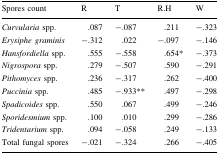
<table><thead><tr><td><b>Spores count</b></td><td><b>R</b></td><td><b>T</b></td><td><b>R.H</b></td><td><b>W</b></td></tr></thead><tbody><tr><td><i>Curvularia</i> spp.</td><td>.087</td><td>−.087</td><td>.211</td><td>−.323</td></tr><tr><td><i>Erysiphe graminis</i></td><td>−.312</td><td>.022</td><td>−.097</td><td>−.146</td></tr><tr><td><i>Hansfordiella</i> spp.</td><td>.555</td><td>−.558</td><td>.654*</td><td>−.373</td></tr><tr><td><i>Nigrospora</i> spp.</td><td>.279</td><td>−.507</td><td>.590</td><td>−.291</td></tr><tr><td><i>Pithomyces</i> spp.</td><td>.236</td><td>−.317</td><td>.262</td><td>−.400</td></tr><tr><td><i>Puccinia</i> spp.</td><td>.485</td><td>−.933**</td><td>.497</td><td>−.298</td></tr><tr><td><i>Spadicoides</i> spp.</td><td>.550</td><td>.067</td><td>.499</td><td>−.246</td></tr><tr><td><i>Sporidesmium</i> spp.</td><td>.100</td><td>.010</td><td>.299</td><td>−.286</td></tr><tr><td><i>Tridentarium</i> spp.</td><td>.094</td><td>−.058</td><td>.249</td><td>−.133</td></tr><tr><td>Total fungal spores</td><td>−.021</td><td>−.324</td><td>.266</td><td>−.405</td></tr></tbody></table>